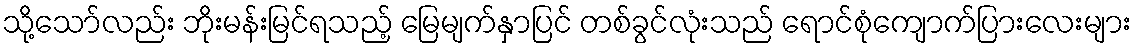
သို့သော်လည်း ဘိုးမန်းမြင်ရသည့် မြေမျက်နှာပြင် တစ်ခွင်လုံးသည် ရောင်စုံကျောက်ပြားလေးများ